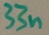
Text: 33n